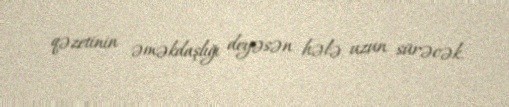
qəzetinin əməkdaşlığı deyəsən hələ uzun sürəcək.